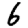
Digit: 6